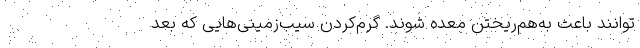
توانند باعث به‌هم‌ریختن معده شوند. گرم‌کردن سیب‌زمینی‌هایی که بعد